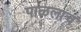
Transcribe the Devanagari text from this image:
पाळलाच